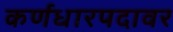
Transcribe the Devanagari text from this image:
कर्णधारपदावर